Vital statistics of India. Vol. IV, Annual returns from 1871 to 1876. British Army of India, Native Army and jails of Bengal
Year: 1871
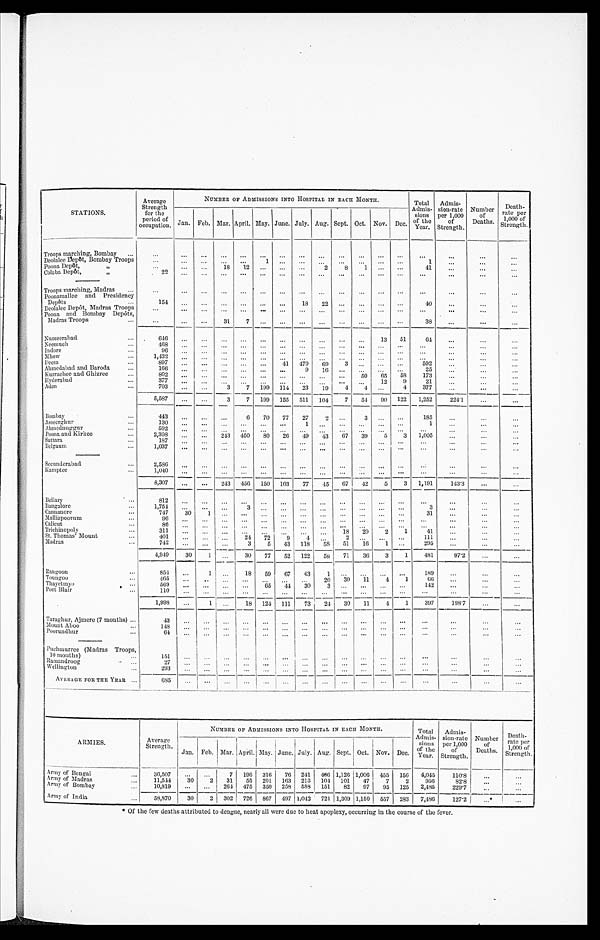
STATIONS.
Average
Strength
for the
period of
occupation.
NUMBER OF ADMISSIONS INTO HOSPITAL IN EACH MONTH.
Total
Admis-
sions
of the
Year.
Admis-
sion-rate
per 1,000
of
Strength.
Number
of
Deaths.
Death-
rate per
1,000 of
Strength.
Jan. Feb, Mar. April. May. June. July. Aug. Sept. Oct. Nov. Dec.
Troops marching, Bombay
...
. . .
. . .
. . .
. . .
. . .
. . .
. . .
...
. . .
. . .
. . .
. . .
. . .
. . .
. . .
. . .
...
Deolalee Depôt, Bombay Troops
. . .
...
. . .
...
...
1
. . . ...
...
. . . .
.... ...
. . .
1
. . .
...
...
Poona Depôt,
,,
. . .
...
. . . .
18
12
. . .
...
...
2
8
1 ...
. . .
41
...
...
...
Colaba Depôt,
,,
2 2
...
. . . ...
...
. . .
. . . ...
...
. . .
... ...
. . .
. . .
. . .
...
...
Troops marching, Madras
...
. . .
. . .
. . .
. . .
. . .
. . .
. . .
. . .
. . .
. . .
. . .
. . .
. . .
. . .
. . .
...
. . .
Poonamallee and Presidency
Depôts
. . .
154
...
...
...
...
...
...
18
22
. . .
...
. . .
. . .
40
. . .
...
...
D eolalee Depôt, Madras Troops
. . .
...
...
...
...
. . .
...
...
...
. . .
...
...
. . .
. . .
...
...
. . .
Poona and Bombay Depôts,
Madras Troops
...
. . .
...
...
31
7
. . .
. . .
...
...
. . .
. . .
...
. . .
38
. . .
...
...
Nusseerabad
...
6 4 6
...
. . . ...
. . .
. . .
. . . ...
...
. . .
....
13
51
6 4 ...
...
...
Neemuch
...
468 ...
. . .
...
. . .
. . .
. . . ...
...
. . .
. . .
. . .
. . .
...
. . .
. . . ...
Indore
...
96 ...
. . .
. . .
. . .
. . .
...
...
...
...
...
...
...
...
. . .
. . .
...
Mhow
...
1 , 4 3 2 ...
. . . ...
...
. . .
. . .
...
...
. . .
...
...
...
...
. . .
...
...
Deesa
...
897
...
...
...
...
...
41
479
69
3
...
...
. . .
592
. . .
...
...
Ahmedabad and Baroda
...
1 6 6
. . .
. . . ...
...
...
. . .
9
16
. . .
... ...
. . .
2 5
. . .
. . . ...
Kurrachee and Ghizree
802
...
...
...
. . .
. . .
...
...
. . .
50
65
58
173
. . .
...
. . .
Hyderabad
377
. . .
. . .
...
...
...
...
...
...
. . .
. . .
12
9
21
. . .
...
...
Aden
...
703
. . .
...
3
7
199
114
23
19
4
4 ...
4
377
...
...
. . .
5,587 ...
...
3
7
1 9 9 155
5 1 1
104
7
54
90
122
1,252
224.1 ...
. . .
Bombay
443
...
. . .
. . .
6
70
7 7
27 2
. . .
3
...
. . .
185
. . .
. . .
. . .
Asseerghur
...
130
. . .
. . .
. . . ...
. . .
. . . 1
...
. . .
... ...
. . .
1
...
...
...
Ahmednuggur
...
5 9 2 ...
. . . ...
...
. . .
. . . ...
...
. . .
... ...
. . .
...
. . .
...
. . .
Poona and Kirkee
2,308
...
...
243
450
80
26
49
43
6 7
39 5
3
1,005
. . .
...
...
Sattara
187 ...
. . . ...
. . .
. . .
. . . ...
. . .
. . .
... ...
. . .
...
. . .
...
...
Belgaum
1,037
...
... ...
...
. . .
. . .
. . .
. . .
. . .
...
. . .
. . .
...
. . .
...
...
Secunderabad
2,586
. . .
...
. . . ...
. . .
. . .
. . .
. . .
. . .
. . .
. . .
. . .
. . .
...
...
Kamptee
...
1, 040 ...
... ...
...
...
...
...
...
. . .
. . .
. . .
. . .
. . .
. . .
. . .
. . .
8,307
...
...
243
456
150
103
77
45
67
4 2
5
3
1,191
143.3
. . . ...
Bellary
...
812
...
. . . ...
...
. . .
...
...
...
...
...
...
...
. . .
. . .
. . .
. . .
B angalore
1,754
. . .
...
. . .
3
. . .
...
...
...
...
...
. . .
. . .
3
. . . ...
. . .
Cannanore
...
747
30
1 ...
. . .
. . .
. . .
...
...
. . .
...
...
. . .
31
. . .
...
...
Malliapoorum
...
96
...
...
...
...
...
...
...
...
...
...
...
...
. . .
. . . ...
...
Calicut
...
86 ...
. . . ...
...
. . .
. . .
...
...
. . .
... ...
. . .
...
...
...
...
Trichinopoly
...
311
. . .
. . .
...
. . .
...
...
...
...
18
20
2
1
41
. . .
...
. . .
St. Thomas' Mount
...
401 ...
. . . ...
24
72
9
4...
2 ...
. . .
. . .
111
. . .
...
. . .
Madras
742
...
... ...
3
5
43
118
58
51
16
1
. . .
295
. . . ...
...
4,949
30
1
. . .
30
77
52
122
58
71
36
3
1
481
97.2
...
. . .
Rangoon
...
854
...
1
. . .
18
59
67
43
1
. . ....
. . .
. . .
189
. . .
...
...
Toungoo
...
46 5 ...
. . .
. . .
. . .
. . .
. . .
...
20
30
11
4
1
66
. . . ...
. . .
Thayetmyo
569
...
...
...
...
•
65
44
30
3
. . ....
. . .
. . .
142
...
...
. . .
Port Blair
1 1 0...
. . . ...
. . .
. . .
. . . ...
...
. . ....
. . .
. . .
. . .
. . .
...
. . .
1,998
...
1 ...
18 124
111
73
24
30
11
4
1
397
198.7 ...
. . .
Taraghur, Ajmere (7 months) ...
4 3
...
. . ....
. . .
...
...
...
...
. . .
. . .
. . . ...
...
...
...
. . .
Mount Aboo
. . .
1 4 8...
. . ....
. . .
. . .
. . .
... ...
. . .
...
. . .
. . .
...
...
...
. . .
Pourundhur
. . .
64 ...
. . ....
. . . ...
...
...
...
...
...
...
...
. . . ...
. . .
...
Puchmurree (Madras Troops,
10 months)
151
...
. . ....
. . .
. . .
. . .
... ...
. . .
. . .
. . .
. . .
. . .
. . .
. . .
. . .
Ramandroog
2 7
...
...
...
...
...
...
...
. . .
. . .
. . .
. . .
. . .
...
. . .
. . .
. . .
Wellington ...
2 9 3...
. . .
. . .
...
. . .
. . .
. . .
. . .
. . .
...
. . .
. . .
. . .
. . .
. . .
. . .
AVERAGE FOR THE YEAR
. . . .
685
. . .
. . .
. . .
...
. . .
. . . ...
...
...
... ...
...
...
...
...
...
ARMIES.
Average
Strength.
NUMBER OF ADMISSIONS INTO HOSPITAL IN EACH MONTH.
Total
Admis-
sions of the Year.
A d i m i s -
s i o n - r a t e
p e r 1 , 0 0 0 o f S t r e n g t h .
N u m b e r
o f
D e a t h s .
Death
rate per
1,000 of
Strength.
J a n .Feb.
Mar. April.
M a y .
J u n e .
J u l y .
A u g .
S e p t .
O c t .Nov. Dec.
Army of Bengal
...
3 6 , 5 0 7
. . ....
7
196
3 1 6
7 6
2 4 1
4 6 6
1 , 1 2 6
1 , 0 0 6455
156
4,045
1 1 0 . 8
. . ....
Army of Madras
1 1 , 5 4 4
3 0
2
31
55
2 0 1
1 6 3
2 1 3
1 0 4
1 0 1
4 7
7
2
956
8 2 . 8
. . ....
Army of Bombay
1 0 , 8 1 9
. . ....
264
475
3 5 0
2 5 8
5 8 8
1 5 1
8 2
9 7
95
125
2,485
2 , 2 9 . 7
. . ....
Army of India
5 8 , 8 7 0
3 0
2
302
726
8 6 7
4 9 7
1 , 0 4 2
7 2 1
1 , 3 0 9
1 , 1 5 0557
283
7,486
1 2 7 . 2
. . . * ...
Of the few deaths attributed to dengue, nearly all were due to heat apoplexy, occurring in the course of the fever.